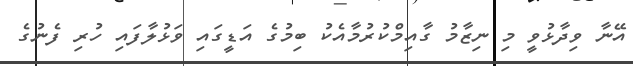
އޭނާ ވިދާޅުވީ މި ނިޒާމު ގާއިމްކުރުމާއެކު ބިމުގެ އަޑީގައި ވަޅުލާފައި ހުރި ފެނުގެ